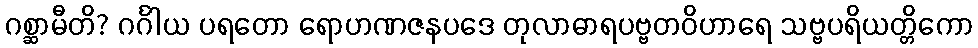
ဂစ္ဆာမီတိ? ဂင်္ဂါယ ပရတော ရောဟဏဇနပဒေ တုလာဓာရပဗ္ဗတဝိဟာရေ သဗ္ဗပရိယတ္တိကော